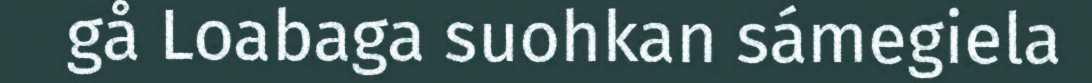
gå Loabaga suohkan sámegiela